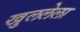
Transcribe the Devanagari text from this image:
खुललेला